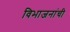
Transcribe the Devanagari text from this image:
विभाजनांची